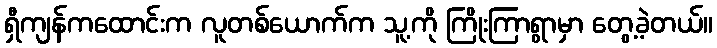
ရှီကျန်ကထောင်းက လူတစ်ယောက်က သူ့ကို ကြိုးကြာရွာမှာ တွေ့ခဲ့တယ်။